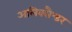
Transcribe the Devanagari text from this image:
अलिक्सैन्डर